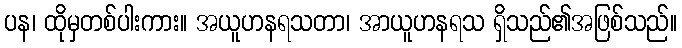
ပန၊ ထိုမှတစ်ပါးကား။ အယူဟနရသတာ၊ အာယူဟနရသ ရှိသည်၏အဖြစ်သည်။